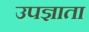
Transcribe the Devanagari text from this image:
उपज्ञाता